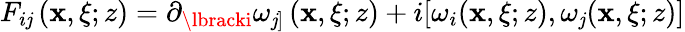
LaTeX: F_{i\mathit{j}}\left(\mathbf{x},\xi;z\right)=\partial_{\lbracki}\omega_{\mathit{j}]}\left(\mathbf{x},\xi;z\right)+i[\omega_{i}(\mathbf{x},\xi;z),\omega_{\mathit{j}}(\mathbf{x},\xi;z)]